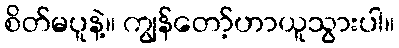
စိတ်မပူနဲ့။ ကျွန်တော့်ဟာယူသွားပါ။